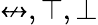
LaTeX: \not\leftrightarrow,\top,\bot